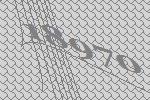
18970